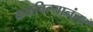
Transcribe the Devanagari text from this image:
कळविल्यानंतर